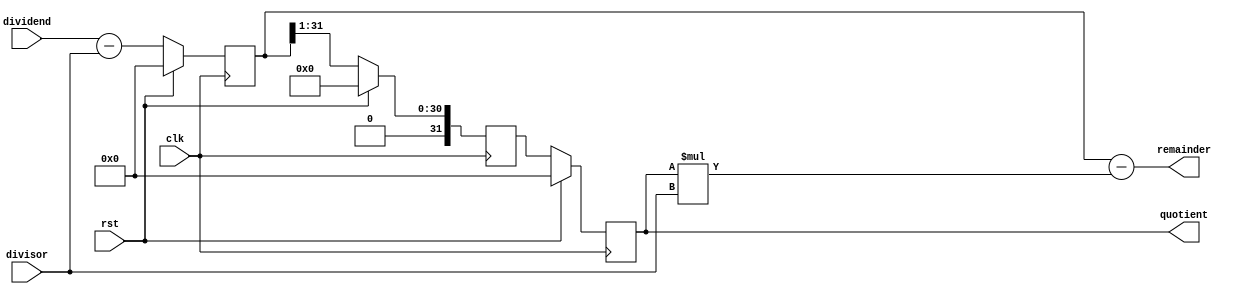
module PipelinedDivider (
  input wire [31:0] dividend,
  input wire [31:0] divisor,
  output reg [31:0] quotient,
  output reg [31:0] remainder,
  input wire clk,
  input wire rst
);

reg [31:0] stage1_result, stage2_result, stage3_result;

// Pipeline stages
always @(posedge clk) begin
  if (rst) begin
    stage1_result <= 0;
    stage2_result <= 0;
    stage3_result <= 0;
  end else begin
    // Stage 1: Subtraction
    stage1_result <= dividend - divisor;
    // Stage 2: Normalization
    stage2_result <= stage1_result >> 1; // Right shift by 1
    // Stage 3: Quotient Computation
    stage3_result <= stage2_result;
  end
end

// Output assignment
assign quotient = stage3_result;
assign remainder = stage1_result - (stage3_result * divisor);

endmodule